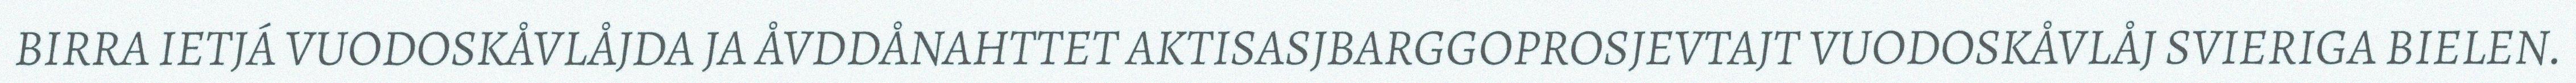
BIRRA IETJÁ VUODOSKÅVLÅJDA JA ÅVDDÅNAHTTET AKTISASJBARGGOPROSJEVTAJT VUODOSKÅVLÅJ SVIERIGA BIELEN.